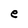
Character: e